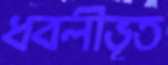
ধবলীভূত